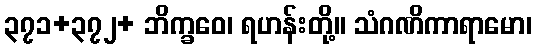
၃၇၁+၃၇၂+ ဘိက္ခဝေ၊ ရဟန်းတို့။ သံဂဏိကာရာမော၊